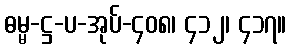
ဓမ္မ-ဋ္ဌ-ပ-အုပ်-၄၀၈၊ ၄၁၂၊ ၄၁၇။